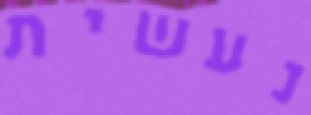
נעשית